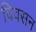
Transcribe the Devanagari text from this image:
विवसन